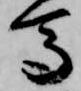
馬